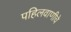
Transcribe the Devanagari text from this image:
पहिलवाणीचे